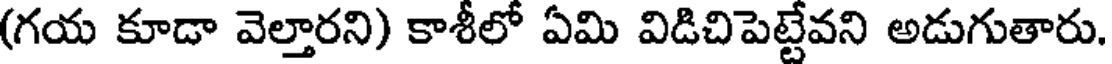
(గయ కూడా వెల్తారని) కాశీలో ఏమి విడిచిపెట్టేవని అడుగుతారు